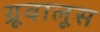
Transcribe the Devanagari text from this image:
ग्रूवालूस